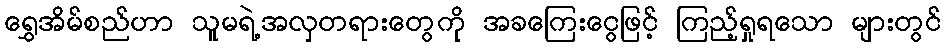
ရွှေအိမ်စည်ဟာ သူမရဲ့အလှတရားတွေကို အခကြေးငွေဖြင့် ကြည့်ရှုရသော များတွင်